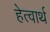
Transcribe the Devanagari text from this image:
हेत्वार्थ